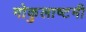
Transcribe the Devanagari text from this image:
गोकुलाष्टमी